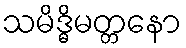
သမိဒ္ဓိမတ္တနော